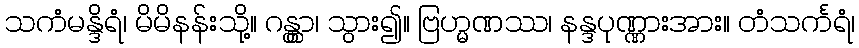
သကံမန္ဒိရံ၊ မိမိနန်းသို့။ ဂန္တွာ၊ သွား၍။ ဗြဟ္မဏဿ၊ နန္ဒပုဏ္ဏားအား။ တံသင်္ကရံ၊